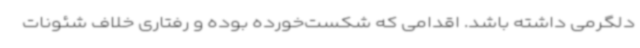
دلگرمی داشته باشد. اقدامی که شکست‌خورده بوده و رفتاری خلاف شئونات